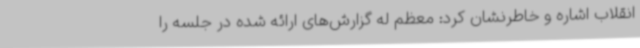
انقلاب اشاره و خاطرنشان کرد: معظم له گزارش‌های ارائه شده در جلسه را